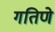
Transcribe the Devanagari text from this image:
गतिणे